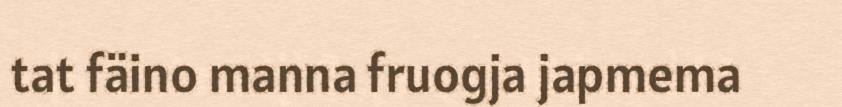
tat fäino manna fruogja japmema